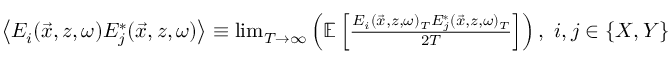
\begin{array} { r } { \left\langle E _ { i } ( \vec { x } , z , \omega ) E _ { j } ^ { * } ( \vec { x } , z , \omega ) \right\rangle \equiv \operatorname* { l i m } _ { T \rightarrow \infty } \left( \mathbb { E } \left[ \frac { E _ { i } ( \vec { x } , z , \omega ) _ { T } E _ { j } ^ { * } ( \vec { x } , z , \omega ) _ { T } } { 2 T } \right] \right) , ~ i , j \in \{ X , Y \} } \end{array}